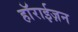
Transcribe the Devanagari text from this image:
हाॅराईज़न